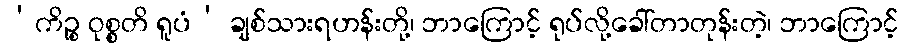
‘ကိဉ္စ ဝုစ္စတိ ရူပံ’ ချစ်သားရဟန်းတို့၊ ဘာကြောင့် ရုပ်လို့ခေါ်တာတုန်းတဲ့၊ ဘာကြောင့်